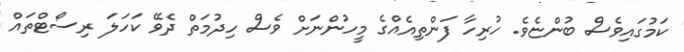
ކަމުގައިވެސް ބުންޏެވެ. ހުރިހާ ފަންތިއެއްގެ މީހުންނަށް ވެސް ހިދުމަތް ދެވޭ ކަހަލަ ރިސޯޓްތައް